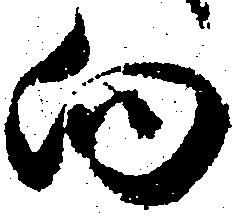
向